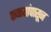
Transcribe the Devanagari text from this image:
फळ्यांपासून